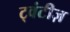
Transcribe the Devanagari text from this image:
ट्वंटीज़